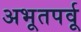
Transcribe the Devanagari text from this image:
अभूतपर्वू